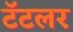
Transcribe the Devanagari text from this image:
टॅटलर